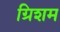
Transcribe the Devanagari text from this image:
ग्रिशम